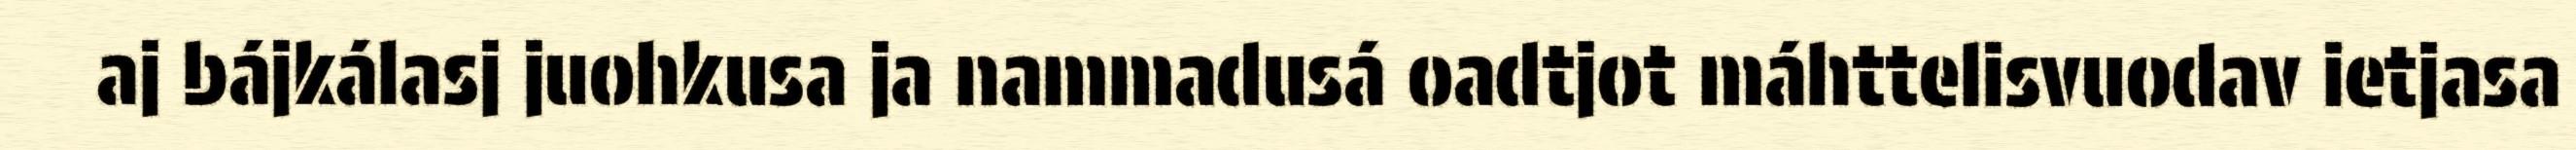
aj bájkálasj juohkusa ja nammadusá oadtjot máhttelisvuodav ietjasa